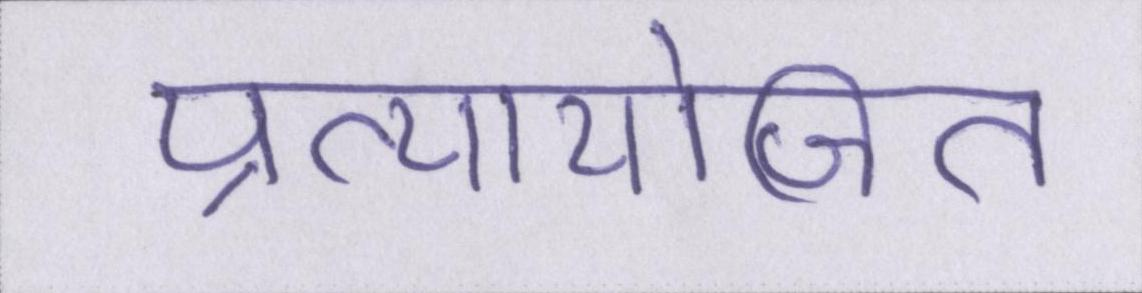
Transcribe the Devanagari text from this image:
प्रत्यायोजित